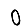
Digit: 0